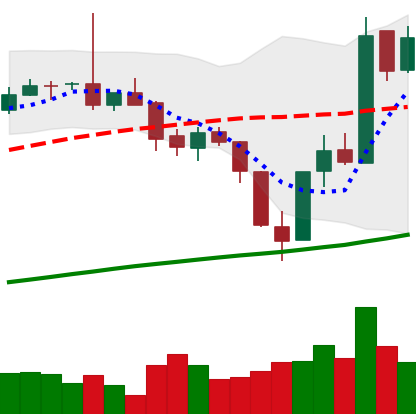
Ticker: BTC-USD
Chart end date: 2017-07-22
Forward return: -4.923%
Label: down_3_5